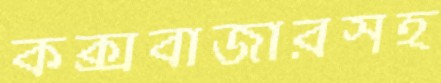
কক্সবাজারসহ